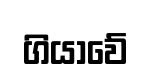
ගියාවේ